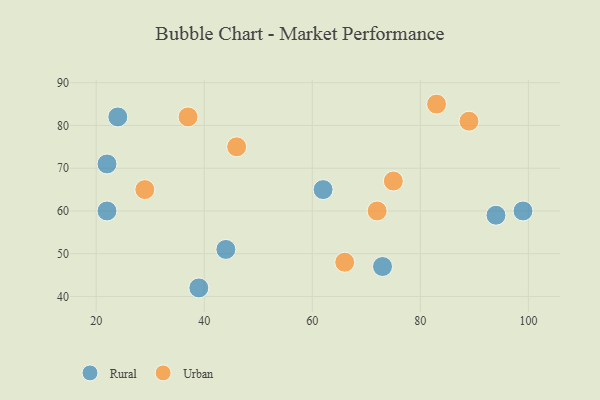
{"axis": {"x": "GDP", "y": "Life Expectancy"}, "legend": ["Rural", "Urban"], "data": [{"x": "22", "y": 71, "type": "Rural"}, {"x": "39", "y": 42, "type": "Rural"}, {"x": "44", "y": 51, "type": "Rural"}, {"x": "94", "y": 59, "type": "Rural"}, {"x": "24", "y": 82, "type": "Rural"}, {"x": "22", "y": 60, "type": "Rural"}, {"x": "99", "y": 60, "type": "Rural"}, {"x": "73", "y": 47, "type": "Rural"}, {"x": "62", "y": 65, "type": "Rural"}, {"x": "29", "y": 65, "type": "Urban"}, {"x": "75", "y": 67, "type": "Urban"}, {"x": "46", "y": 75, "type": "Urban"}, {"x": "72", "y": 60, "type": "Urban"}, {"x": "89", "y": 81, "type": "Urban"}, {"x": "66", "y": 48, "type": "Urban"}, {"x": "37", "y": 82, "type": "Urban"}, {"x": "83", "y": 85, "type": "Urban"}]}